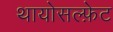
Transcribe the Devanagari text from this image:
थायोसल्फ़ेट